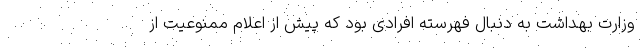
وزارت بهداشت به دنبال فهرسته افرادی بود که پیش از اعلام ممنوعیت از